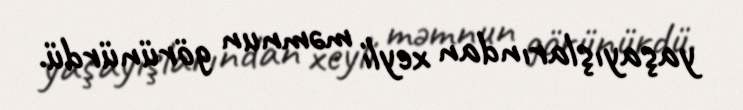
yaşayışlarından xeyli məmnun görünürdü.